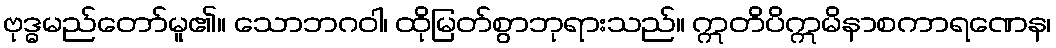
ဗုဒ္ဓမည်တော်မူ၏။ သောဘဂဝါ၊ ထိုမြတ်စွာဘုရားသည်။ ဣတိပိဣမိနာစကာရဏေန၊